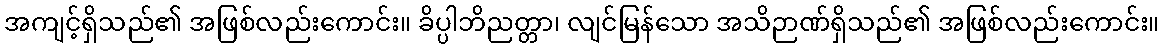
အကျင့်ရှိသည်၏ အဖြစ်လည်းကောင်း။ ခိပ္ပါဘိညတ္တာ၊ လျင်မြန်သော အသိဉာဏ်ရှိသည်၏ အဖြစ်လည်းကောင်း။